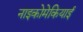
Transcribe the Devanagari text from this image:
नाइकोमेकियाई